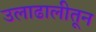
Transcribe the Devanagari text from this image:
उलाढालीतून